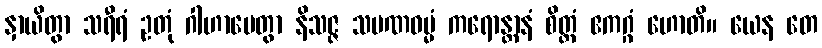
နှာယိတွာ သရီရံ ဥတုံ ဂါဟာပေတွာ နိသဇ္ဇ သမဏဓမ္မံ ကရောန္တာနံ စိတ္တံ ဧကဂ္ဂံ ဟောတိ။ ယေန တေ